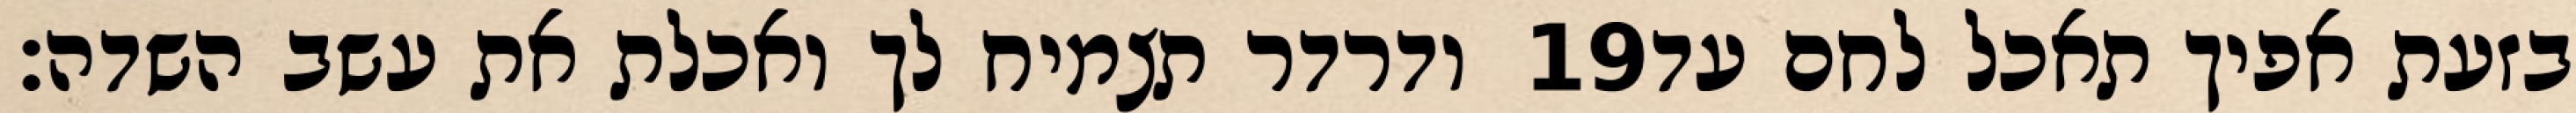
ודרדר תצמיח לך ואכלת את עשב השדה׃ ‎19‏ בזעת אפיך תאכל לחם עד